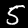
Digit: 5